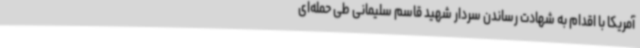
آمریکا با اقدام به شهادت رساندن سردار شهید قاسم سلیمانی طی حمله‌ای